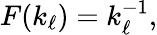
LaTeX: \begin{array}{r}{F(k_{\ell})=k_{\ell}^{-1},}\end{array}